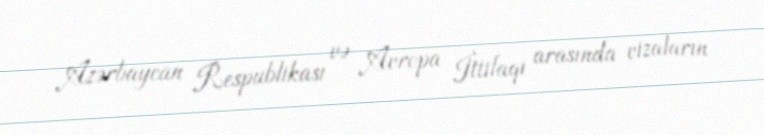
Azərbaycan Respublikası və Avropa İttifaqı arasında vizaların